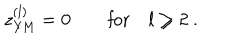
LaTeX: z _ { \mathrm { Y M } } ^ { ( l ) } = 0 \qquad \mathrm { f o r } \quad l \geq 2 \ .